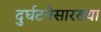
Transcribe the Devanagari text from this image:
दुर्घटनेसारख्या